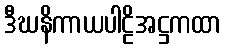
ဒီဃနိကာယပါဠိအဋ္ဌကထာ